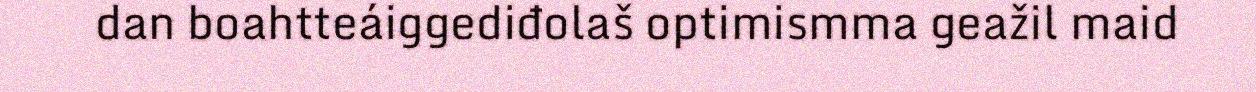
dan boahtteáiggediđolaš optimismma geažil maid